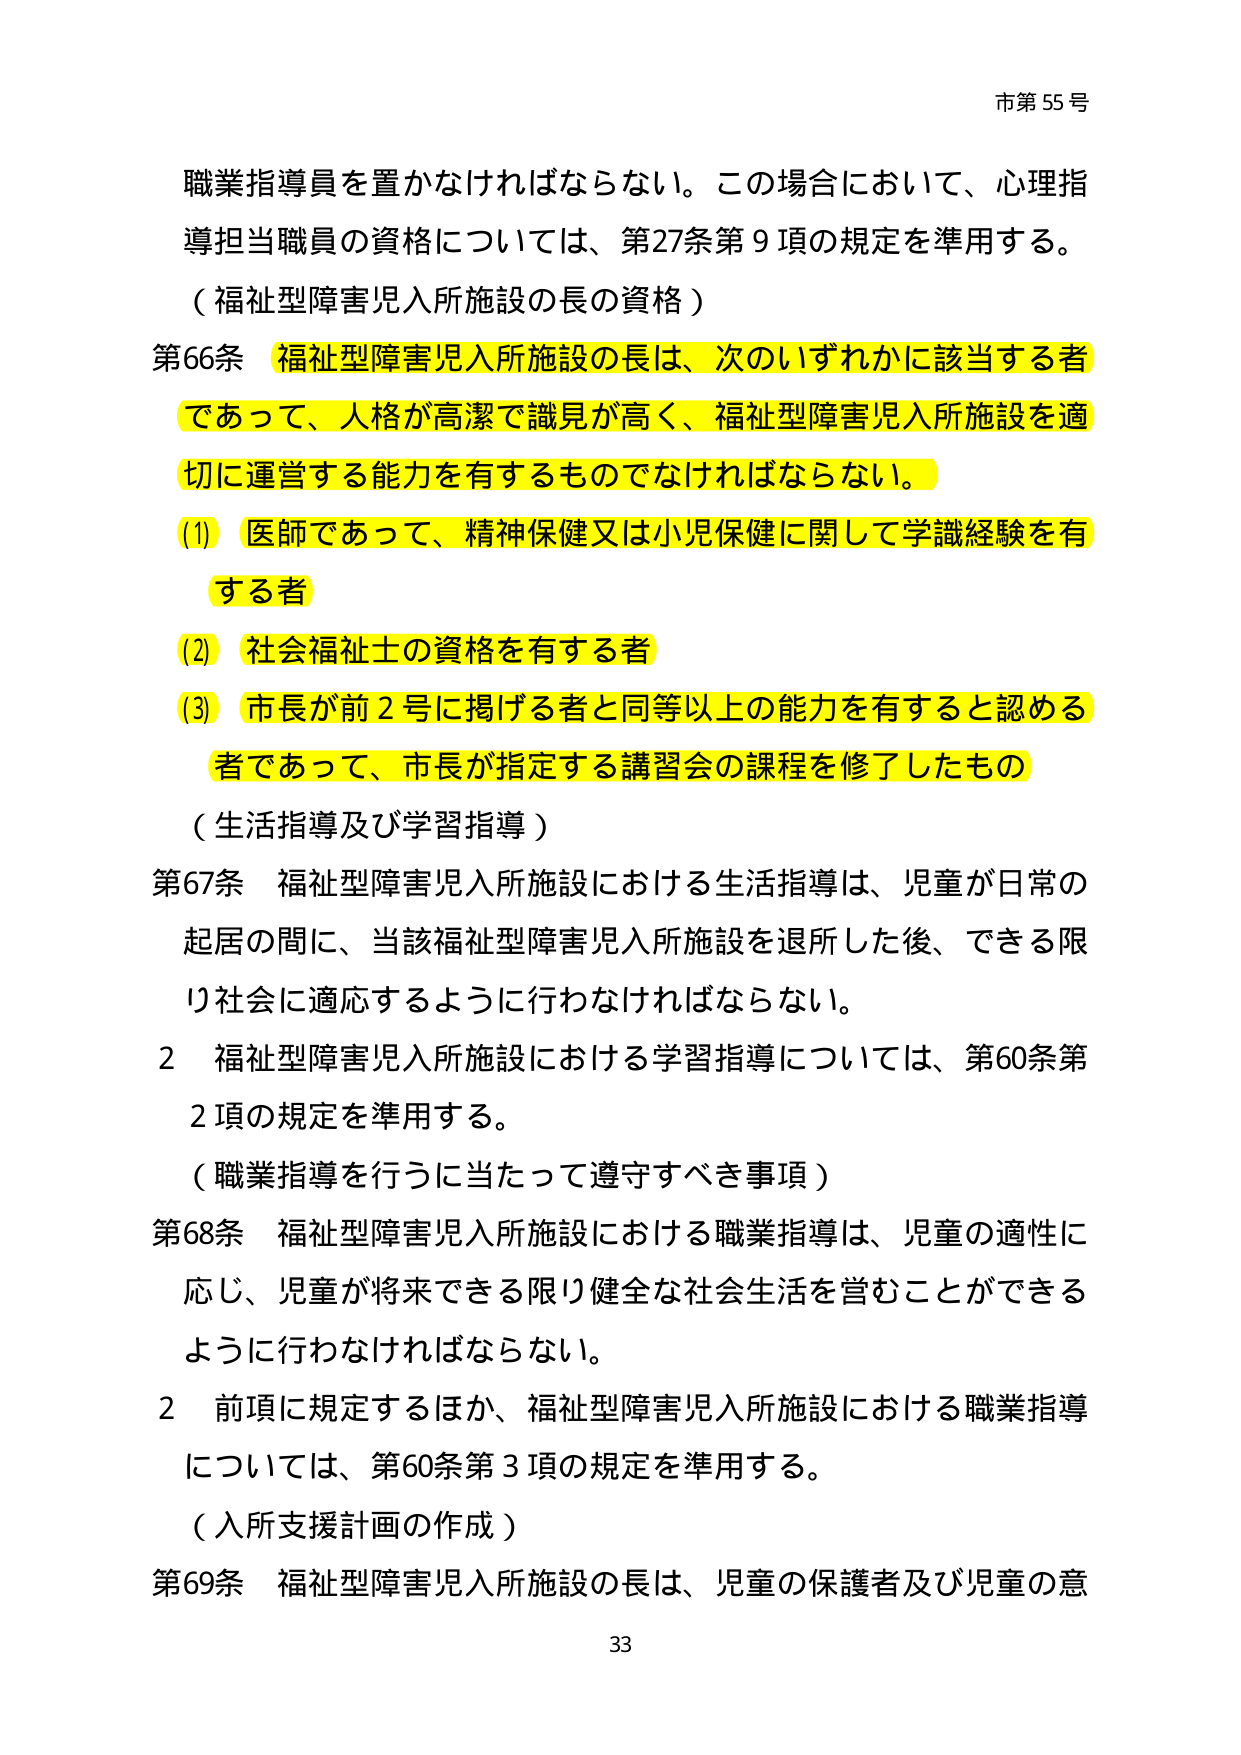
市第55号

職業指導員を置かなければならない。この場合において、心理指導担当職員の資格については、第27条第9項の規定を準用する。

（福祉型障害児入所施設の長の資格）

第66条 福祉型障害児入所施設の長は、次のいずれかに該当する者であって、人格が高潔で識見が高く、福祉型障害児入所施設を適切に運営する能力を有するものでなければならない。

(1) 医師であって、精神保健又は小児保健に関して学識経験を有する者

(2) 社会福祉士の資格を有する者

(3) 市長が前2号に掲げる者と同等以上の能力を有すると認める者であって、市長が指定する講習会の課程を修了したもの

（生活指導及び学習指導）

第67条 福祉型障害児入所施設における生活指導は、児童が日常の起居の間、当該福祉型障害児入所施設を退所した後、できる限り社会に適応するように行わなければならない。

2 福祉型障害児入所施設における学習指導については、第60条第2項の規定を準用する。

（職業指導を行うに当たって遵守すべき事項）

第68条 福祉型障害児入所施設における職業指導は、児童の適性に応じ、児童が将来できる限り健全な社会生活を営むことができるように行わなければならない。

2 前項に規定するほか、福祉型障害児入所施設における職業指導については、第60条第3項の規定を準用する。

（入所支援計画の作成）

第69条 福祉型障害児入所施設の長は、児童の保護者及び児童の意

33